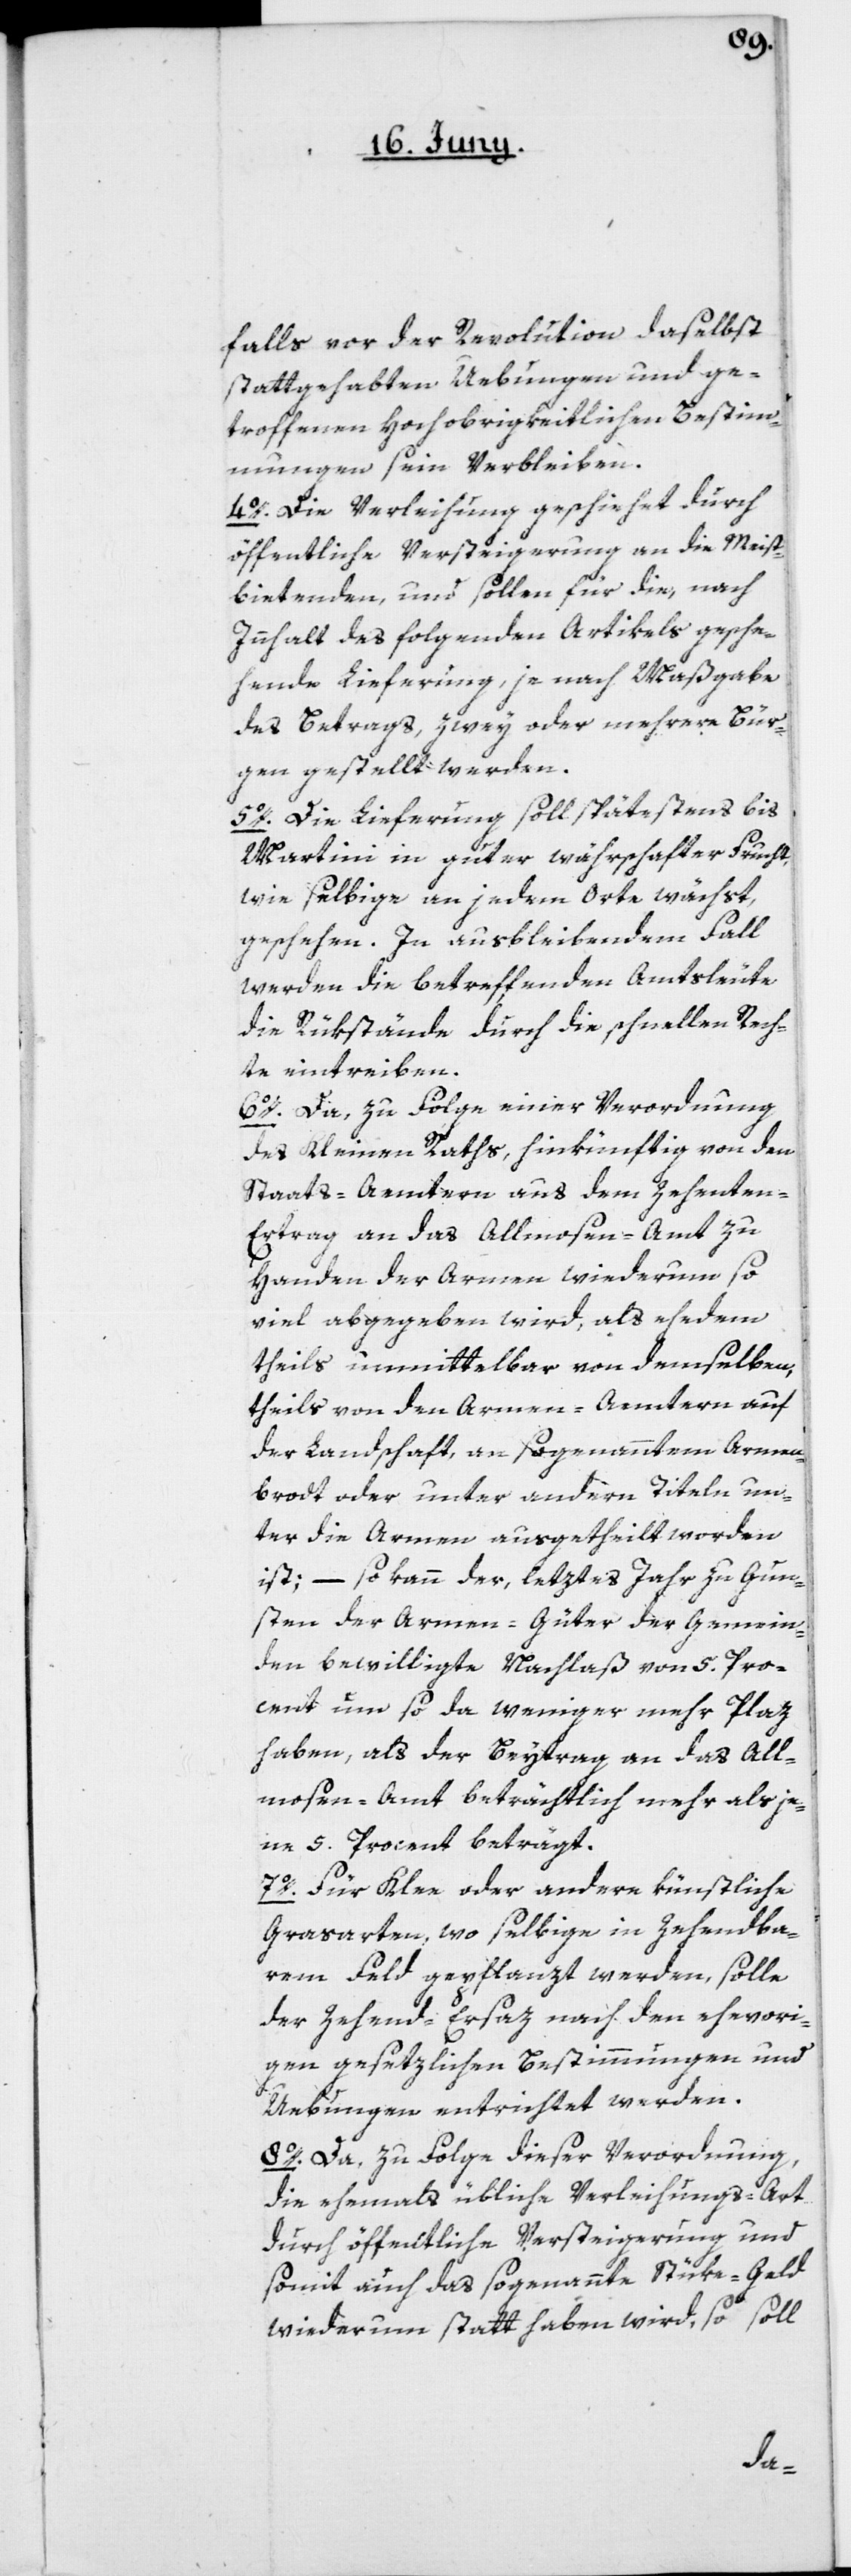
falls vor der Revolution daselbst
stattgehabten Uebungen und ge¬
troffenen Hochobrigkeitlichen Bestim¬
mungen sein Verbleiben.
4o. Die Verleihung geschiehet durch
öffentliche Versteigerung an die Meist¬
bietenden, und sollen für die, nach
Innhalt des folgenden Artikels gesche¬
hende Lieferung, je nach Maßgabe
des Betrags, zwey oder mehrere Bür¬
gen gestellt werden.
5o. Die Lieferung soll spätestens bis
Martini in guter währschafter Frucht,
wie selbige an jedem Orte wächst,
geschehen. In ausbleibendem Fall
werden die betreffenden Amtsleute
die Rükstände durch die schnellen Rech¬
te eintreiben.
6o. Da, zu Folge einer Verordnung
des Kleinen Raths, hinkünftig von den
Staats-Aemtern aus dem Zehente¬
n-Ertrag an das Allmosen-Amt zu
Handen der Armen wiederum so
viel abgegeben wird, als ehedem
theils unmittelbar von demselben,
theils von den Armen-Aemtern auf
der Landschaft, an sogenanntem Armen¬
brodt oder unter andern Titeln un¬
ter die Armen ausgetheilt worden
ist; – so kann der, letztes Jahr zu Gun¬
sten der Armen-Güter der Gemein¬
den bewilligte Nachlaß von 5. Pro¬
cent um so da weniger mehr Plaz
haben, als der Beytrag an das All¬
mosen-Amt beträchtlich mehr als je¬
ne 5. Procent beträgt.
7o. Für Klee oder andere künstliche
Grasarten, wo selbige in Zehendba¬
rem Feld gepflanzt werden, solle
der Zehend-Ersaz nach den ehevori¬
gen gesetzlichen Bestimmungen und
Uebungen entrichtet werden.
8o. Da, zu Folge dieser Verordnung,
die ehemals übliche Verleihungs-Art
durch öffentliche Versteigerung und
somit auch das sogenannte Stüke-Geld
wiederum statt haben wird, so soll